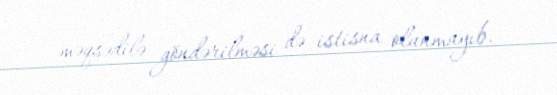
məqsədilə göndərilməsi də istisna olunmayıb.